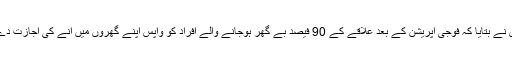
اعزاز چوہدری نے بتایا کہ فوجی آپریشن کے بعد علاقے کے 90 فیصد بے گھر ہوجانے والے افراد کو واپس اپنے گھروں میں آنے کی اجازت دے دی گئی ہے۔